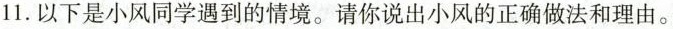
11.以下是小风同学遇到的情境。请你说出小风的正确做法和理由。